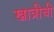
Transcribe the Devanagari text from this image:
खात्रीची